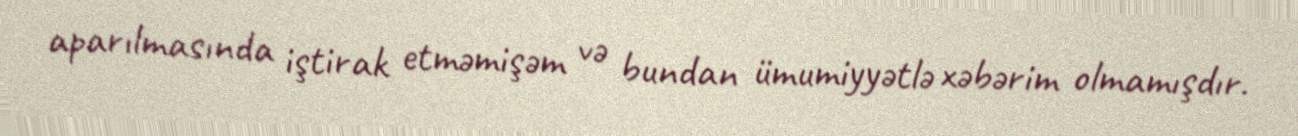
aparılmasında iştirak etməmişəm və bundan ümumiyyətlə xəbərim olmamışdır.